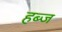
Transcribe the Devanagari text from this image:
हब्ज